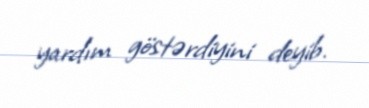
yardım göstərdiyini deyib.